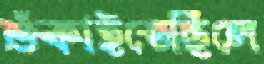
শুঁকাইতেছিলে